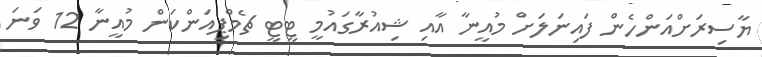
ޔާސިރަށްއަންހެން ފައިނަލަށް މުއީނާ އާއި ޝިއުރާގައުމީ ޓީޓީ ޗެމްޕިއަންކަން މުއީނާ 12 ވަނަ